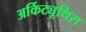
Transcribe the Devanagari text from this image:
अर्किट्यूथिस